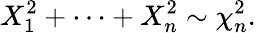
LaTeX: X_{1}^{2}+\cdots+X_{n}^{2}\sim\chi_{n}^{2}.